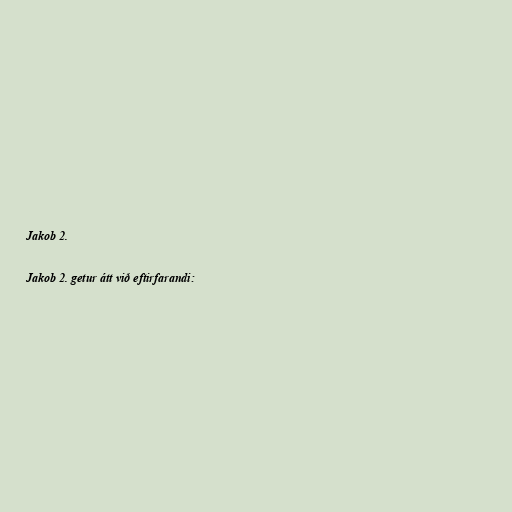
Jakob 2.

Jakob 2. getur átt við eftirfarandi: